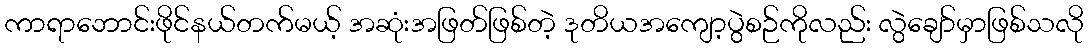
ကာရာဘောင်းဖိုင်နယ်တက်မယ့် အဆုံးအဖြတ်ဖြစ်တဲ့ ဒုတိယအကျော့ပွဲစဉ်ကိုလည်း လွဲချော်မှာဖြစ်သလို